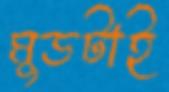
মুডটাই